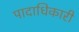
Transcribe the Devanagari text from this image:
पादाधिकारी